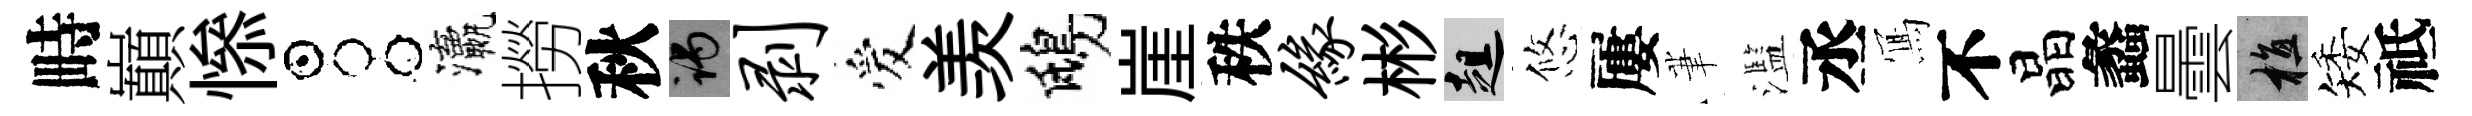
畤巔𢡖占瀛撈秋谒剥爱羡鴟崖秩缘彬趄悠屢茟濫丞𭂁不晶蠡曇植矮祗